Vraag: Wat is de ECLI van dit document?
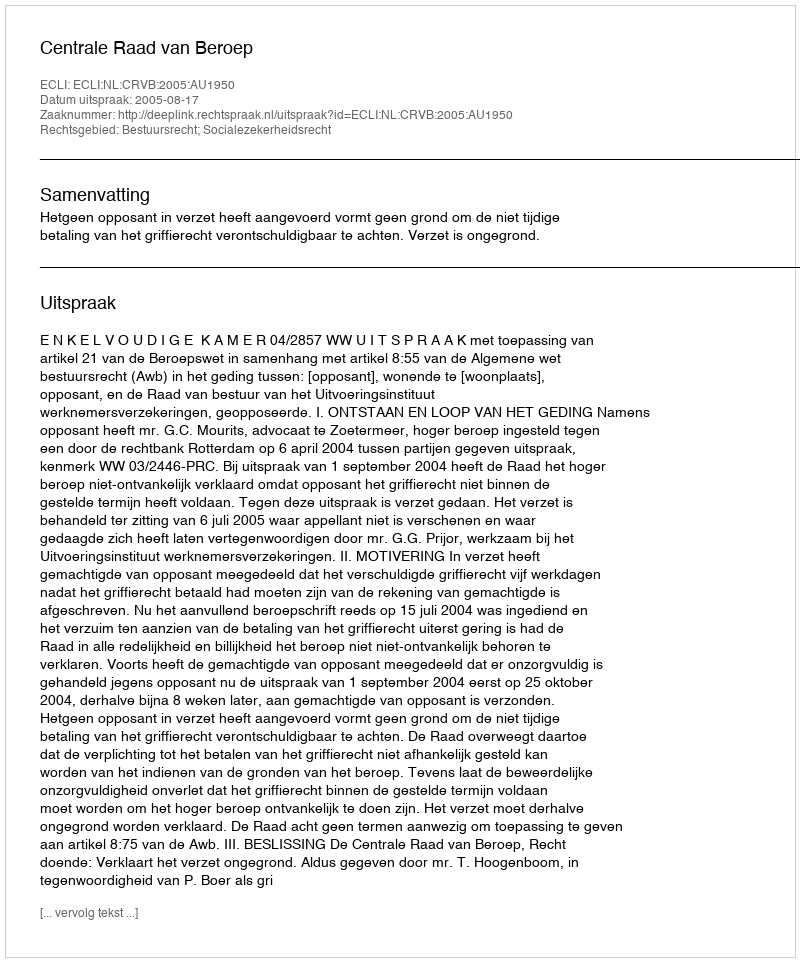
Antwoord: ECLI:NL:CRVB:2005:AU1950